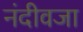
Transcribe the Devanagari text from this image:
नंदीवजा